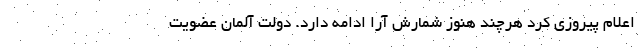
اعلام پیروزی کرد هرچند هنوز شمارش آرا ادامه دارد. دولت آلمان عضویت